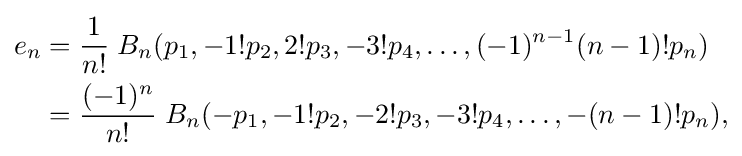
{\begin{aligned}e_{n}&={\frac {1}{n!}}\;B_{n}(p_{1},-1!p_{2},2!p_{3},-3!p_{4},\ldots ,(-1)^{n-1}(n-1)!p_{n})\\&={\frac {(-1)^{n}}{n!}}\;B_{n}(-p_{1},-1!p_{2},-2!p_{3},-3!p_{4},\ldots ,-(n-1)!p_{n}),\end{aligned}}